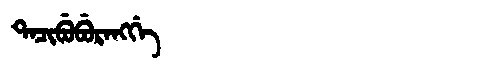
Manchu: ᡨᠠᠴᡳᠪᡠᠪᡠᡵᠠᠩᡤᡝ
Romanization: TACIBUBURANGGE